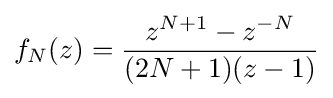
f_{N}(z)={\frac {z^{N+1}-z^{-N}}{(2N+1)(z-1)}}